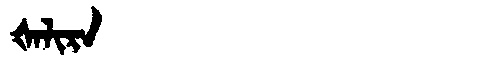
Manchu: ᡧᠠᠯᡳᡵᠠ
Romanization: ŠALIRA